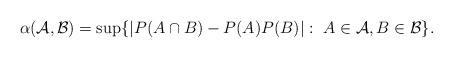
LaTeX: \begin{align*}\alpha(\mathcal{A},\mathcal{B})=\sup\{|P(A\cap B)-P(A)P(B)|:~ A\in \mathcal{A}, B\in \mathcal{B}\}.\end{align*}